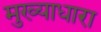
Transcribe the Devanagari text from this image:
मुख्याधारा